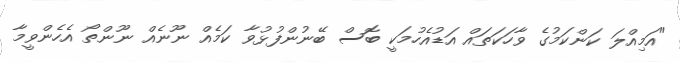
"އަމިއްލަ ކަންކަމުގެ ވާހަކަތައް އަޑުއެހުމަކީ ބޮސް ބޭނުންފުޅުވާ ކަމެއް ނޫނެއް ނޫންތޯ އެހެންވީމާ